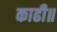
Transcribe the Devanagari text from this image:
काढी॥